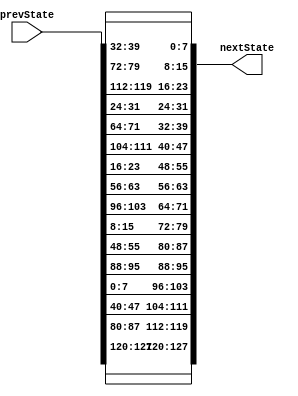

module ShiftRows(prevState, nextState);
input  [127:0]prevState ;
output [127:0] nextState ;
wire [7:0] s [0:3][0:3];
wire [7:0] sNew[ 0:3][0:3];

// Construct the 2D state array
assign s[3][3] = prevState[7:0];
assign s[2][3] = prevState[15:8];
assign s[1][3] = prevState[23:16];
assign s[0][3] = prevState[31:24];
assign s[3][2] = prevState[39:32];
assign s[2][2] = prevState[47:40];
assign s[1][2] = prevState[55:48];
assign s[0][2] = prevState[63:56];
assign s[3][1] = prevState[71:64];
assign s[2][1] = prevState[79:72];
assign s[1][1] = prevState[87:80];
assign s[0][1] = prevState[95:88];
assign s[3][0] = prevState[103:96];
assign s[2][0] = prevState[111:104];
assign s[1][0] = prevState[119:112];
assign s[0][0] = prevState[127:120];
	
assign sNew[0][0] = s[0][0];
assign sNew[0][1] = s[0][1];
assign sNew[0][2] = s[0][2];
assign sNew[0][3] = s[0][3];

assign sNew[1][0] = s[1][1];
assign sNew[1][1] = s[1][2];
assign sNew[1][2] = s[1][3];
assign sNew[1][3] = s[1][0];

assign sNew[2][0] = s[2][2];
assign sNew[2][1] = s[2][3];
assign sNew[2][2] = s[2][0];
assign sNew[2][3] = s[2][1];

assign sNew[3][0] = s[3][3];
assign sNew[3][1] = s[3][0];
assign sNew[3][2] = s[3][1];
assign sNew[3][3] = s[3][2];


assign  nextState[7:0] = sNew[3][3];
assign  nextState[15:8] = sNew[2][3];
assign  nextState[23:16] = sNew[1][3];
assign  nextState[31:24] = sNew[0][3];
assign  nextState[39:32] = sNew[3][2];
assign  nextState[47:40] = sNew[2][2];
assign  nextState[55:48] = sNew[1][2];
assign  nextState[63:56] = sNew[0][2];
assign  nextState[71:64] = sNew[3][1];
assign  nextState[79:72] = sNew[2][1];
assign  nextState[87:80] = sNew[1][1];
assign  nextState[95:88] = sNew[0][1];
assign  nextState[103:96] = sNew[3][0];
assign  nextState[111:104] = sNew[2][0];
assign  nextState[119:112] = sNew[1][0];
assign  nextState[127:120] = sNew[0][0];

endmodule